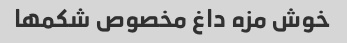
خوش مزه داغ مخصوص شکمها